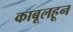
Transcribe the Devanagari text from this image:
काबूलहून